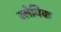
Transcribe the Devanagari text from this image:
स्लेविक